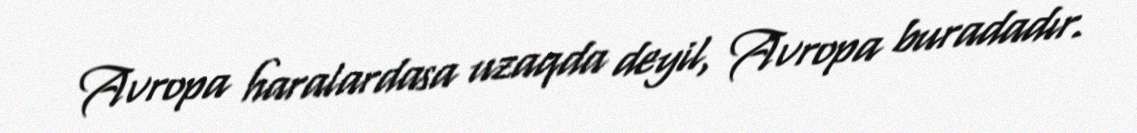
Avropa haralardasa uzaqda deyil, Avropa buradadır.